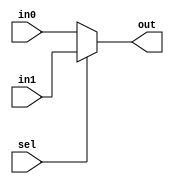
`timescale 1ns / 1ps
///////////////////////////////////////////////////////////////////////////////////////////////////////////////////////
//					
// Module Name:  mux_2to1.v 
// Description:	1 bit 2 to 1 mux
//
///////////////////////////////////////////////////////////////////////////////////////////////////////////////////////

module mux_2to1

(
    in0,	//input 0
	in1,	//input 1
	out,	//output
	sel	//select
);

	parameter DWIDTH = 32;
    //--------------------------
	// Input Ports
	//--------------------------
	// < Enter Input Ports  >
    input 		[DWIDTH-1:0]		in0;
	input 		[DWIDTH-1:0]		in1;
	input 									sel;
	
    //--------------------------
    // Output Ports
    //--------------------------
    // < Enter Output Ports  >	
    output 	[DWIDTH-1:0] 		out; 
		
  
	assign out = (sel == 0) ? in0 : in1;
	
 endmodule